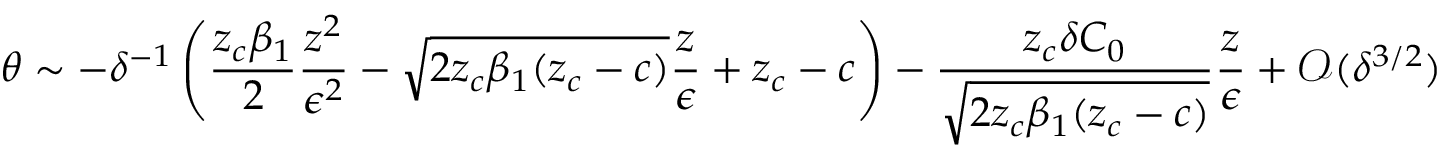
\theta \sim - \delta ^ { - 1 } \left( \frac { z _ { c } \beta _ { 1 } } { 2 } \frac { z ^ { 2 } } { \epsilon ^ { 2 } } - \sqrt { 2 z _ { c } \beta _ { 1 } ( z _ { c } - c ) } \frac { z } { \epsilon } + z _ { c } - c \right) - \frac { z _ { c } \delta C _ { 0 } } { \sqrt { 2 z _ { c } \beta _ { 1 } ( z _ { c } - c ) } } \frac { z } { \epsilon } + \mathcal { O } ( \delta ^ { 3 / 2 } )